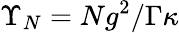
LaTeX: \Upsilon_{N}=Ng^{2}/\Gamma\kappa